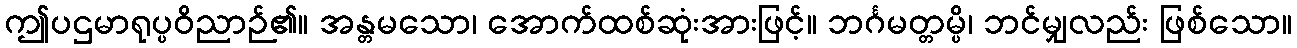
ဤပဌမာရုပ္ပဝိညာဉ်၏။ အန္တမသော၊ အောက်ထစ်ဆုံးအားဖြင့်။ ဘင်္ဂမတ္တမ္ပိ၊ ဘင်မျှလည်း ဖြစ်သော။